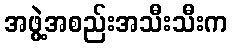
အဖွဲ့အစည်းအသီးသီးက